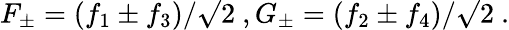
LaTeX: F_{\pm}=(f_{1}\pm f_{3})/\surd 2\ ,G_{\pm}=(f_{2}\pm f_{4})/\surd 2\ .